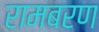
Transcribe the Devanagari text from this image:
रामबरण